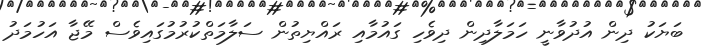
ބަޔަކު ދިން އުދުވާނީ ހަމަލާދިން ދިވެހި ގައުމާއި ރައްޔިތުން ސަލާމަތްްކުރުމުގައިވެސް މޭޖާ އަހުމަދު